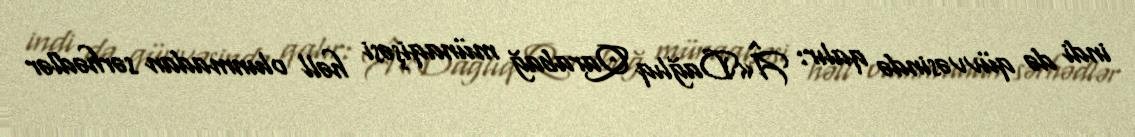
indi də qüvvəsində qalır: Â«Dağlıq Qarabağ münaqişəsi həll olunmadan sərhədlər